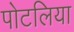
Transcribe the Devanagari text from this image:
पोटलिया